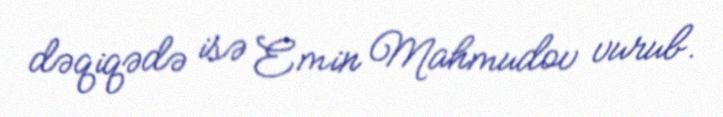
dəqiqədə isə Emin Mahmudov vurub.